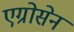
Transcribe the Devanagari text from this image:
एग्रोसेन